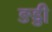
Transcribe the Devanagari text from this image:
ङड्डी